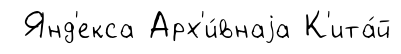
Янд'екса Арх'и́внаjа К'ита́й